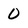
Character: 0